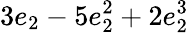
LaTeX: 3e_{2}-5e_{2}^{2}+2e_{2}^{3}